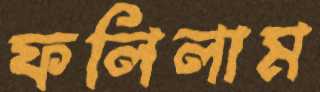
ফলিলাম